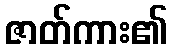
ဇာတ်ကား၏